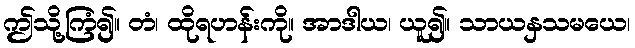
ဤသို့ကြံ၍။ တံ၊ ထိုရဟန်းကို။ အာဒါယ၊ ယူ၍။ သာယနှသမယေ၊